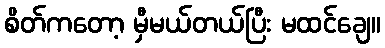
စိတ်ကတော့ မှီမယ်တယ်ပြီး မထင်ချေ။